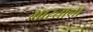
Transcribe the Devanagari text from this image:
भारताना